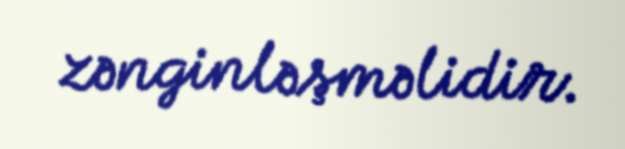
zənginləşməlidir.